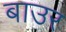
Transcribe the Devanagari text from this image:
बाउर